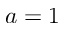
a = 1